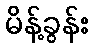
မိန့်ခွန်း